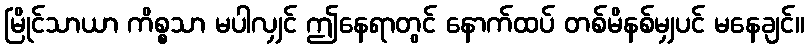
မြိုင်သာယာ ကိစ္စသာ မပါလျှင် ဤနေရာတွင် နောက်ထပ် တစ်မိနစ်မျှပင် မနေချင်။